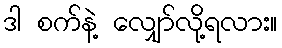
ဒါ စက်နဲ့ လျှော်လို့ရလား။